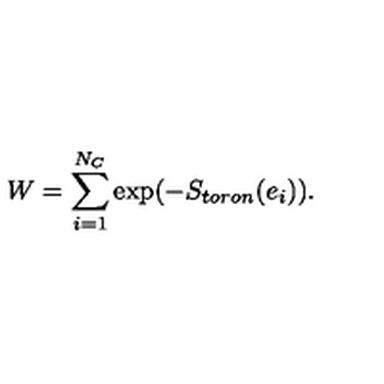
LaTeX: W = \sum _ { i = 1 } ^ { N _ { C } } \mathrm { e x p } ( - S _ { t o r o n } ( e _ { i } ) ) .